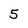
Character: 5